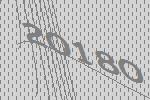
20180